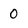
Character: 0